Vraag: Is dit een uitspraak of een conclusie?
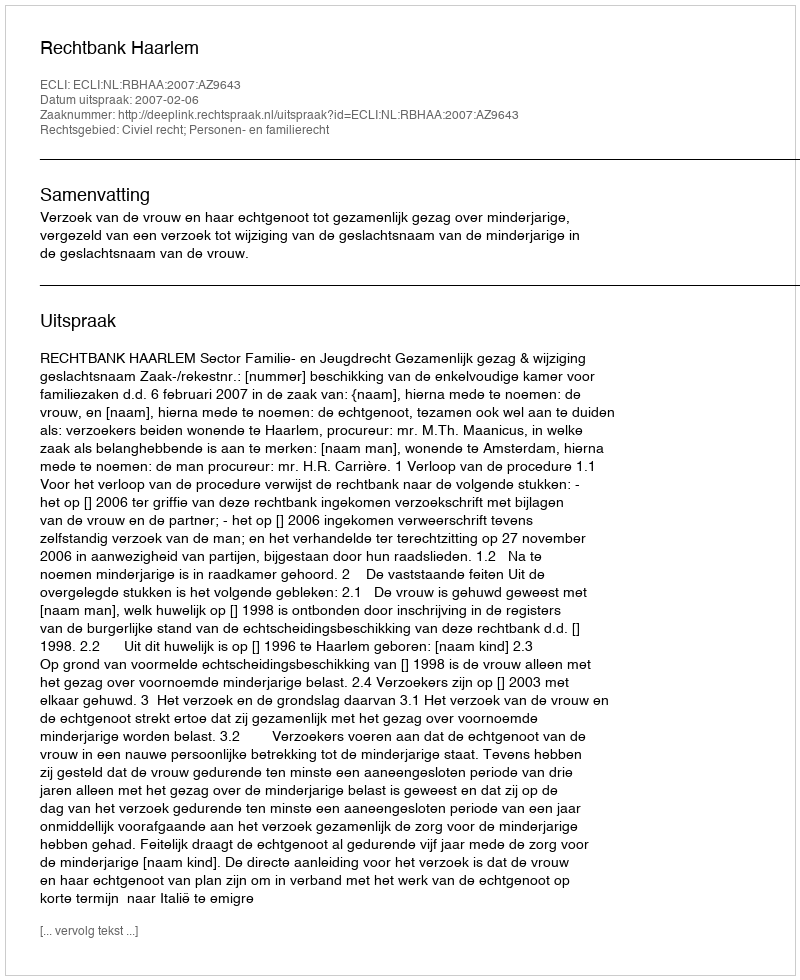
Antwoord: Uitspraak